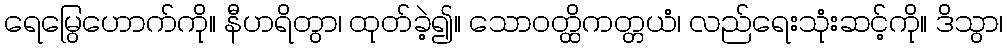
ရေမြွေဟောက်ကို။ နီဟရိတွာ၊ ထုတ်ခဲ့၍။ သောဝတ္ထိကတ္တယံ၊ လည်ရေးသုံးဆင့်ကို။ ဒိသွာ၊